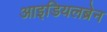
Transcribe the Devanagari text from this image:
आइडियलब्रेन